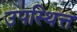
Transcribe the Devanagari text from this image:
उपस्थित्त